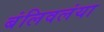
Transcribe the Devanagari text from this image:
बंलिवलंया